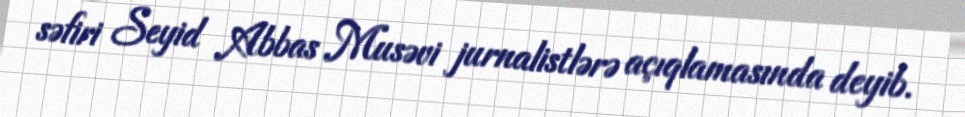
səfiri Seyid Abbas Musəvi jurnalistlərə açıqlamasında deyib.